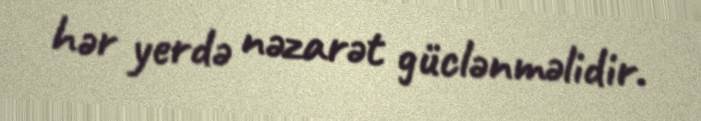
hər yerdə nəzarət güclənməlidir.